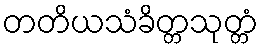
တတိယသံခိတ္တသုတ္တံ